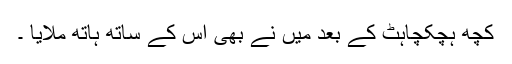
کچھ ہچکچاہٹ کے بعد میں نے بھی اس کے ساتھ ہاتھ ملایا ۔